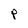
Character: P